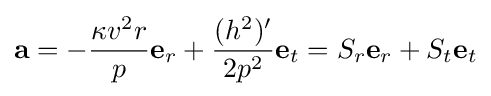
\mathbf {a} =-{\frac {\kappa v^{2}r}{p}}\mathbf {e} _{r}+{\frac {(h^{2})'}{2p^{2}}}\mathbf {e} _{t}=S_{r}\mathbf {e} _{r}+S_{t}\mathbf {e} _{t}